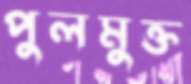
পুলমুক্ত